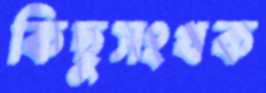
কিছুসংখক